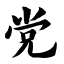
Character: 党